Rangoon Lunatic Asylum 1893-1897 - 1893-1897
Year: 1893
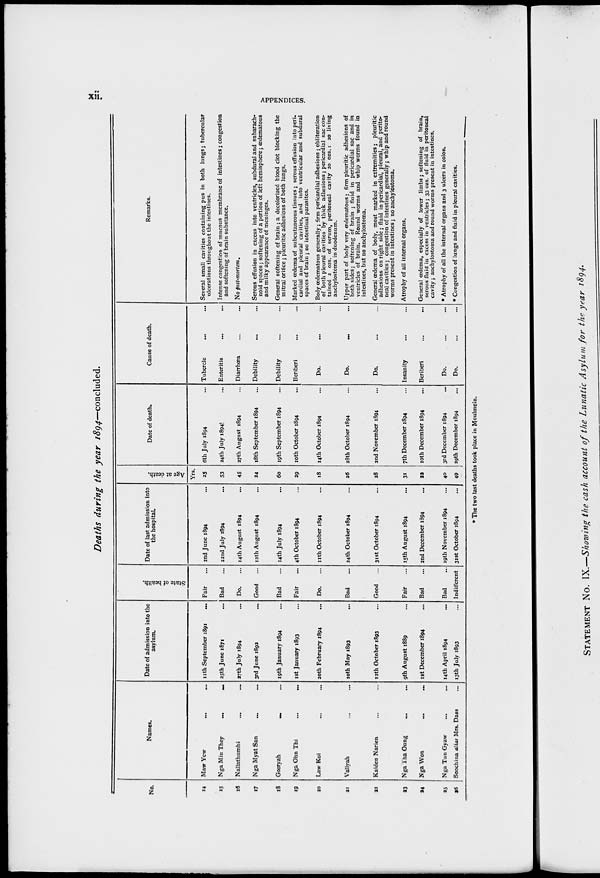
xii.
APPENDICES.
Deaths during the year 1894—concluded.
No.
14
15
16
17
18
19
20
21
22
23
24
25
26
Names.
Maw Yew ... ...
Nga Min They
...
...
Nallathumbi ... ...
Nga Myat San ... ...
Gooryah
... ...
Nga Ohn Thi ... ...
Law Koi ... ...
Vallyah ... ...
Kaiden Narien ... ...
Nga Tha Oung ... ...
Nga Won ... ...
Nga Tun Gyaw ... ...
Soochina alias Mrs. Dass ...
Date of admission into the
asylum.
11th September 1891...
25th June 1871 ...
27th July 1894 ...
3rd June 1892 ...
19th January 1894 ...
1st January 1893 ...
20th February 1894 ...
10th May 1893 ...
12th October 1893 ...
9th August 1889 ...
1st December 1894 ...
14th April 1894 ...
13th July 1893 ...
State of health.
Fair ...
Bad ...
Do. ...
Good ...
Bad ...
Fair ...
Do. ...
Bad ...
Good ...
Fair ...
Bad ...
Bad ...
Indifferent
Date of last admission into
the hospital.
2nd June 1894 ...
22nd July 1894 ...
14th August 1894 ...
12th August 1894 ...
14th July 1894 ...
4th October 1804 ...
11th October 1894 ...
24th October 1894 ...
31st October 1894 ...
15th August 1894 ...
2nd December 1894 ...
19th November 1894 ...
31st October 1894 ...
Age at death.
Yrs.
25
53
45
24
60
29
18
26
28
31
22
40
49
Date of death.
6th July 1894 ...
24th July 1894 ...
27th August 1894 ...
18th September 1894 ...
19th September 1894 ...
10th October 1894 ...
14th October 1894 ...
28th October 1894 ...
2nd November 1894 ...
7th December 1894 ...
10th December 1894 ...
3rd December 1894 ...
29th December 1894 ...
Cause of death.
Tubercle ... ...
Enteritis
...
...
Diarrhœa ... ...
Debility ... ...
Debility ... ...
Beriberi ... ...
Do. ... ...
Do.
... ...
Do. ... ...
Insanity
... ...
Beriberi
...
...
Do. ... ...
Do. ... ...
Remarks.
Several small cavities containing pus in both lungs; tubercular
ulcerations throughout the intestines.
Intense congestion of mucous membrane of intestines ; congestion
and softening of brain substance.
No post-mortem.
Serous effusion in excess into ventricles, subdural and subarach-
noid spaces; softening of a portion of left hemisphere; œdematous
and milky appearance of meninges.
General softening of brain; a decolorized blood clot blocking the
mitral orifice ; pleuritic adhesions of both lungs.
Marked œdema of subcutaneous tissues; serous effusion into peri-
cardial and pleural cavities, and into ventricular and subdural
spaces of brain; no intestinal parasites.
Body œdematous generally; firm pericardial adhesions; obliteration
of both pleural cavities by thick adhesions ; pericardial sac con-
tained 2 ozs. of serum, peritoneal cavity 20 ozs.: 20 living
anchylostoma in duodenum.
Upper part of body very œdematous; firm pleuritic adhesions of
both sides; softening of brain ; fluid in pericardial sac and in
ventricles of brain. Round worms and whip worms found in
intestines, but no anchylostoma.
General oedema of body, most marked in extremities; pleuritic
adhesions on right side; fluid in pericardial, pleural, and perito-
neal cavities; congestion of intestines generally; whip and round
worms present in intestines; no anchylostoma.
Atrophy of all internal organs.
General œdema, especially of lower limbs; softening of brain,
serous fluid in excess in ventricles ; 33 ozs. of fluid in peritoneal
cavity; anchylostoma and round worms present in intestines.
* Atrophy of all the internal organs and 3 ulcers in colon.
* Congestion of lungs and fluid in pleural cavities.
* The two last deaths took place in Moulmein.